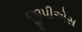
જીપીએસ